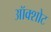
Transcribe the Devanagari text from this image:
ऑक्शोट